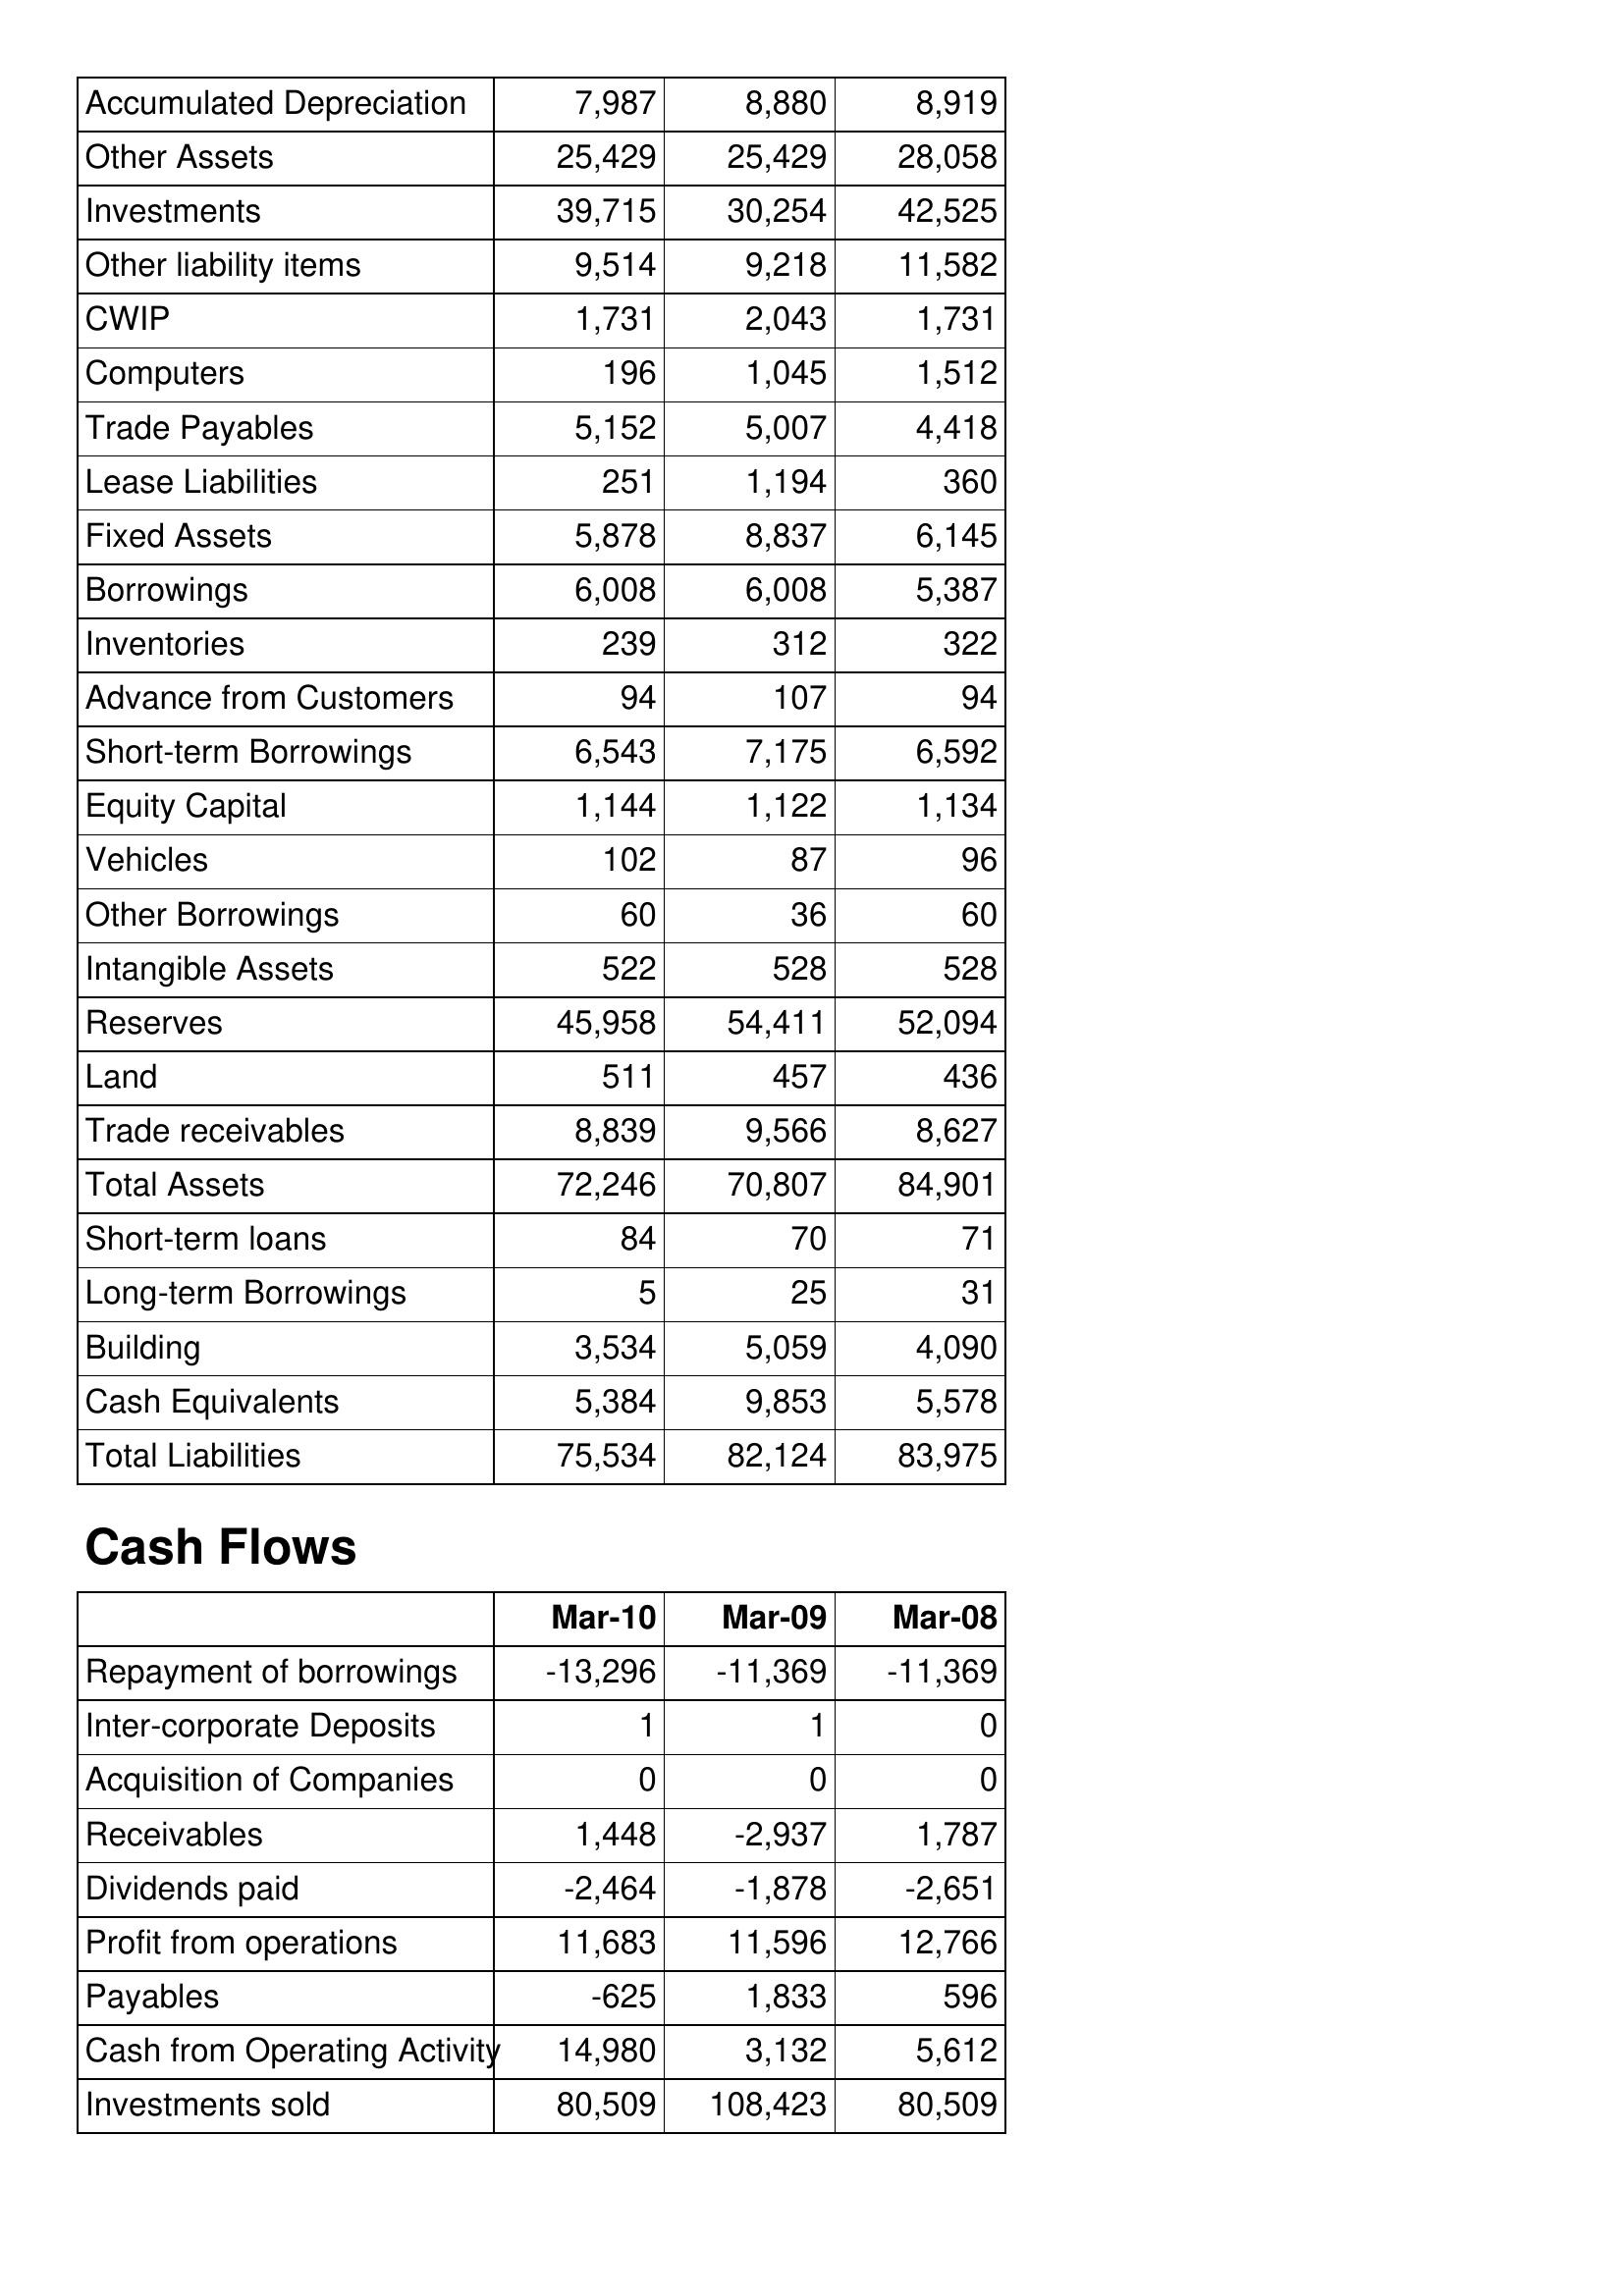
Mar-10: Balance Sheet: Accumulated Depreciation: 7,987
Other Assets: 25,429
Investments: 39,715
Other liability items: 9,514
CWIP: 1,731
Computers: 196
Trade Payables: 5,152
Lease Liabilities: 251
Fixed Assets: 5,878
Borrowings: 6,008
Inventories: 239
Advance from Customers: 94
Short-term Borrowings: 6,543
Equity Capital: 1,144
Vehicles: 102
Other Borrowings: 60
Intangible Assets: 522
Reserves: 45,958
Land: 511
Trade receivables: 8,839
Total Assets: 72,246
Short-term loans: 84
Long-term Borrowings: 5
Building: 3,534
Cash Equivalents: 5,384
Total Liabilities: 75,534
Cash Flows: Repayment of borrowings: -13,296
Inter-corporate Deposits: 1
Acquisition of Companies: 0
Receivables: 1,448
Dividends paid: -2,464
Profit from operations: 11,683
Payables: -625
Cash from Operating Activity: 14,980
Investments sold: 80,509
Mar-09: Balance Sheet: Accumulated Depreciation: 8,880
Other Assets: 25,429
Investments: 30,254
Other liability items: 9,218
CWIP: 2,043
Computers: 1,045
Trade Payables: 5,007
Lease Liabilities: 1,194
Fixed Assets: 8,837
Borrowings: 6,008
Inventories: 312
Advance from Customers: 107
Short-term Borrowings: 7,175
Equity Capital: 1,122
Vehicles: 87
Other Borrowings: 36
Intangible Assets: 528
Reserves: 54,411
Land: 457
Trade receivables: 9,566
Total Assets: 70,807
Short-term loans: 70
Long-term Borrowings: 25
Building: 5,059
Cash Equivalents: 9,853
Total Liabilities: 82,124
Cash Flows: Repayment of borrowings: -11,369
Inter-corporate Deposits: 1
Acquisition of Companies: 0
Receivables: -2,937
Dividends paid: -1,878
Profit from operations: 11,596
Payables: 1,833
Cash from Operating Activity: 3,132
Investments sold: 108,423
Mar-08: Balance Sheet: Accumulated Depreciation: 8,919
Other Assets: 28,058
Investments: 42,525
Other liability items: 11,582
CWIP: 1,731
Computers: 1,512
Trade Payables: 4,418
Lease Liabilities: 360
Fixed Assets: 6,145
Borrowings: 5,387
Inventories: 322
Advance from Customers: 94
Short-term Borrowings: 6,592
Equity Capital: 1,134
Vehicles: 96
Other Borrowings: 60
Intangible Assets: 528
Reserves: 52,094
Land: 436
Trade receivables: 8,627
Total Assets: 84,901
Short-term loans: 71
Long-term Borrowings: 31
Building: 4,090
Cash Equivalents: 5,578
Total Liabilities: 83,975
Cash Flows: Repayment of borrowings: -11,369
Inter-corporate Deposits: 0
Acquisition of Companies: 0
Receivables: 1,787
Dividends paid: -2,651
Profit from operations: 12,766
Payables: 596
Cash from Operating Activity: 5,612
Investments sold: 80,509